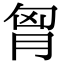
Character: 胷